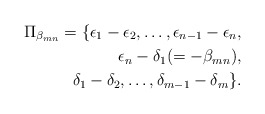
\begin{align*}\Pi_{\beta_{mn}}=\{\epsilon_1-\epsilon_2,\ldots,\epsilon_{n-1}-\epsilon_n,\cr\epsilon_n-\delta_1 (=-\beta_{mn}), \cr \delta_1-\delta_2,\ldots,\delta_{m-1}-\delta_m\}.\end{align*}